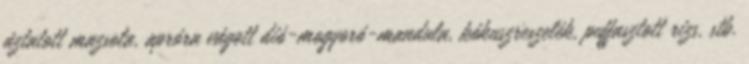
áztatott mazsola, apróra vágott dió-mogyoró-mandula, kókuszreszelék, puffasztott rizs, stb.